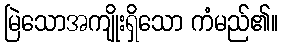
မြဲသောအကျိုးရှိသော ကံမည်၏။